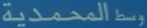
وسطالمحمدية